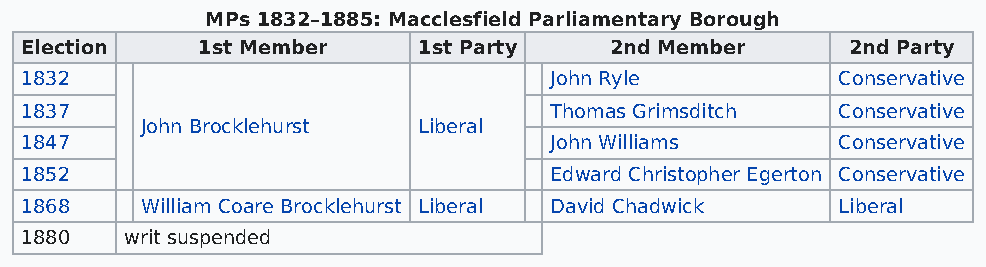
MPs 1832–1885: Macclesfield Parliamentary Borough
 Election    1st Member     1st Party   2nd Member      2nd Party
 1832                               John Ryle          Conservative
 1837                               Thomas Grimsditch  Conservative
 John Brocklehurst  Liberal
 1847                               John Williams      Conservative
 1852                               Edward Christopher Egerton Conservative
 1868    William Coare Brocklehurst Liberal David Chadwick Liberal
 1880   writ suspended